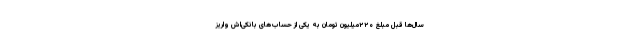
سال‌ها قبل مبلغ ۲۲۰میلیون تومان به یکی از حساب‌های بانکی‌اش واریز